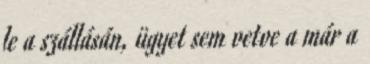
le a szállásán, ügyet sem vetve a már a